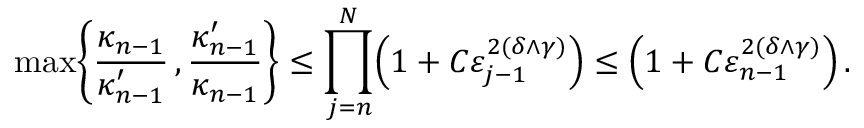
\operatorname* { m a x } \biggl \{ \frac { \kappa _ { n - 1 } } { \kappa _ { n - 1 } ^ { \prime } } \, , \frac { \kappa _ { n - 1 } ^ { \prime } } { \kappa _ { n - 1 } } \biggr \} \leq \prod _ { j = n } ^ { N } \Bigl ( 1 + C \varepsilon _ { j - 1 } ^ { 2 ( \delta \wedge \gamma ) } \Bigr ) \leq \Bigl ( 1 + C \varepsilon _ { n - 1 } ^ { 2 ( \delta \wedge \gamma ) } \Bigr ) \, .